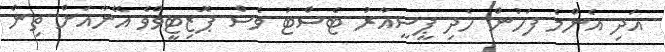
އަދި އެންމެ ފަހުން ހެދި ޕީސީއާރު ޓެސްޓު ވެސް ޕޮޒިޓީވްވެ އޭނާއަށް ތިން